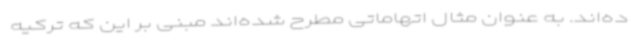
ده‌اند. به عنوان مثال اتهاماتی مطرح شده‌اند مبنی بر این که ترکیه